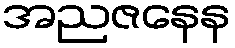
အညဇနေန